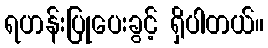
ရဟန်းပြုပေးခွင့် ရှိပါတယ်။